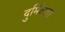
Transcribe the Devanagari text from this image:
दुर्मिळता